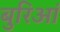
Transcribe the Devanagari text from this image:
बुरिआं